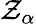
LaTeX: \mathcal{Z}_{\alpha}